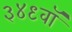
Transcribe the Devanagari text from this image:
३४९वॉ